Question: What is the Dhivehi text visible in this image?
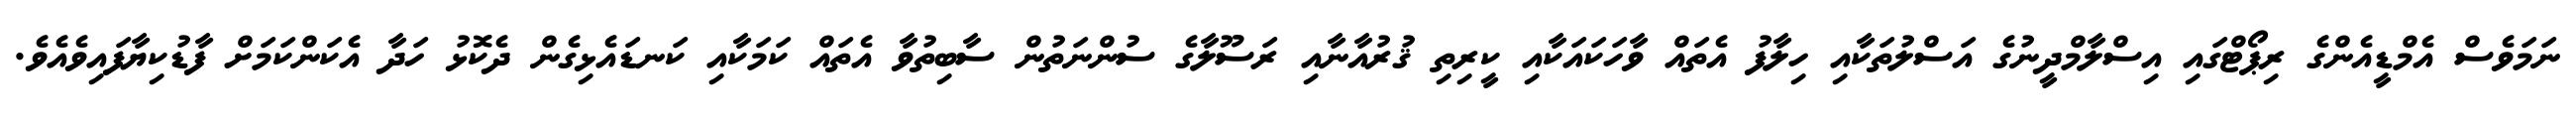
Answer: ނަމަވެސް އެމްޑީއެންގެ ރިޕޯޓްގައި އިސްލާމްދީނުގެ އަސްލުތަކާއި ހިލާފު އެތައް ވާހަކައަކާއި ކީރިތި ޤުރުއާނާއި ރަސޫލާގެ ސުންނަތުން ސާބިތުވާ އެތައް ކަމަކާއި ކަނޑައެޅިގެން ދެކޮޅު ހަދާ އެކަންކަމަށް ފާޑުކިޔާފައިވެއެވެ.